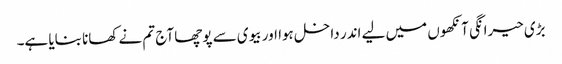
بڑی حیرانگی آنکھوں میں لیے اندر داخل ہوا اور بیوی سے پوچھا آج تم نے کھانا بنایا ہے۔